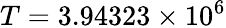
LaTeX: T=3.94323\times 10^{6}